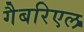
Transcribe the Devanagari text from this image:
गैबरिएल